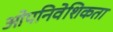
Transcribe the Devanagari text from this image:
ओपनिवेशिकता